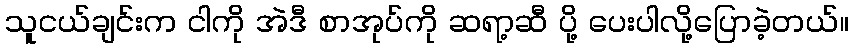
သူငယ်ချင်းက ငါကို အဲဒီ စာအုပ်ကို ဆရာ့ဆီ ပို့ ပေးပါလို့ပြောခဲ့တယ်။